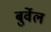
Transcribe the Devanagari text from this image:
बुर्वेल